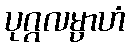
ပုဂ္ဂလမ္ပာဟံ